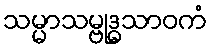
သမ္မာသမ္ဗုဒ္ဓသာဝကံ